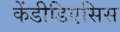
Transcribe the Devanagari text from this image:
केंडीडिएसिस